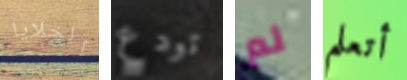
الخلايا تودع لم أتعلم